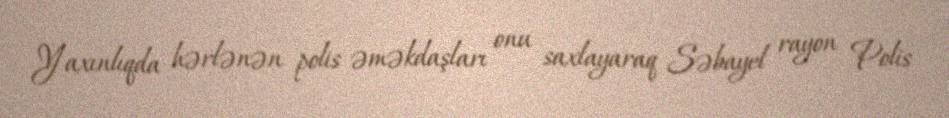
Yaxınlıqda hərlənən polis əməkdaşları onu saxlayaraq Səbayel rayon Polis